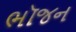
ભૉજન